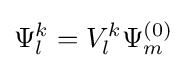
\Psi _{l}^{k}=V_{l}^{k}\Psi _{m}^{(0)}